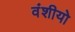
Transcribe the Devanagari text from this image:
वंशीयो